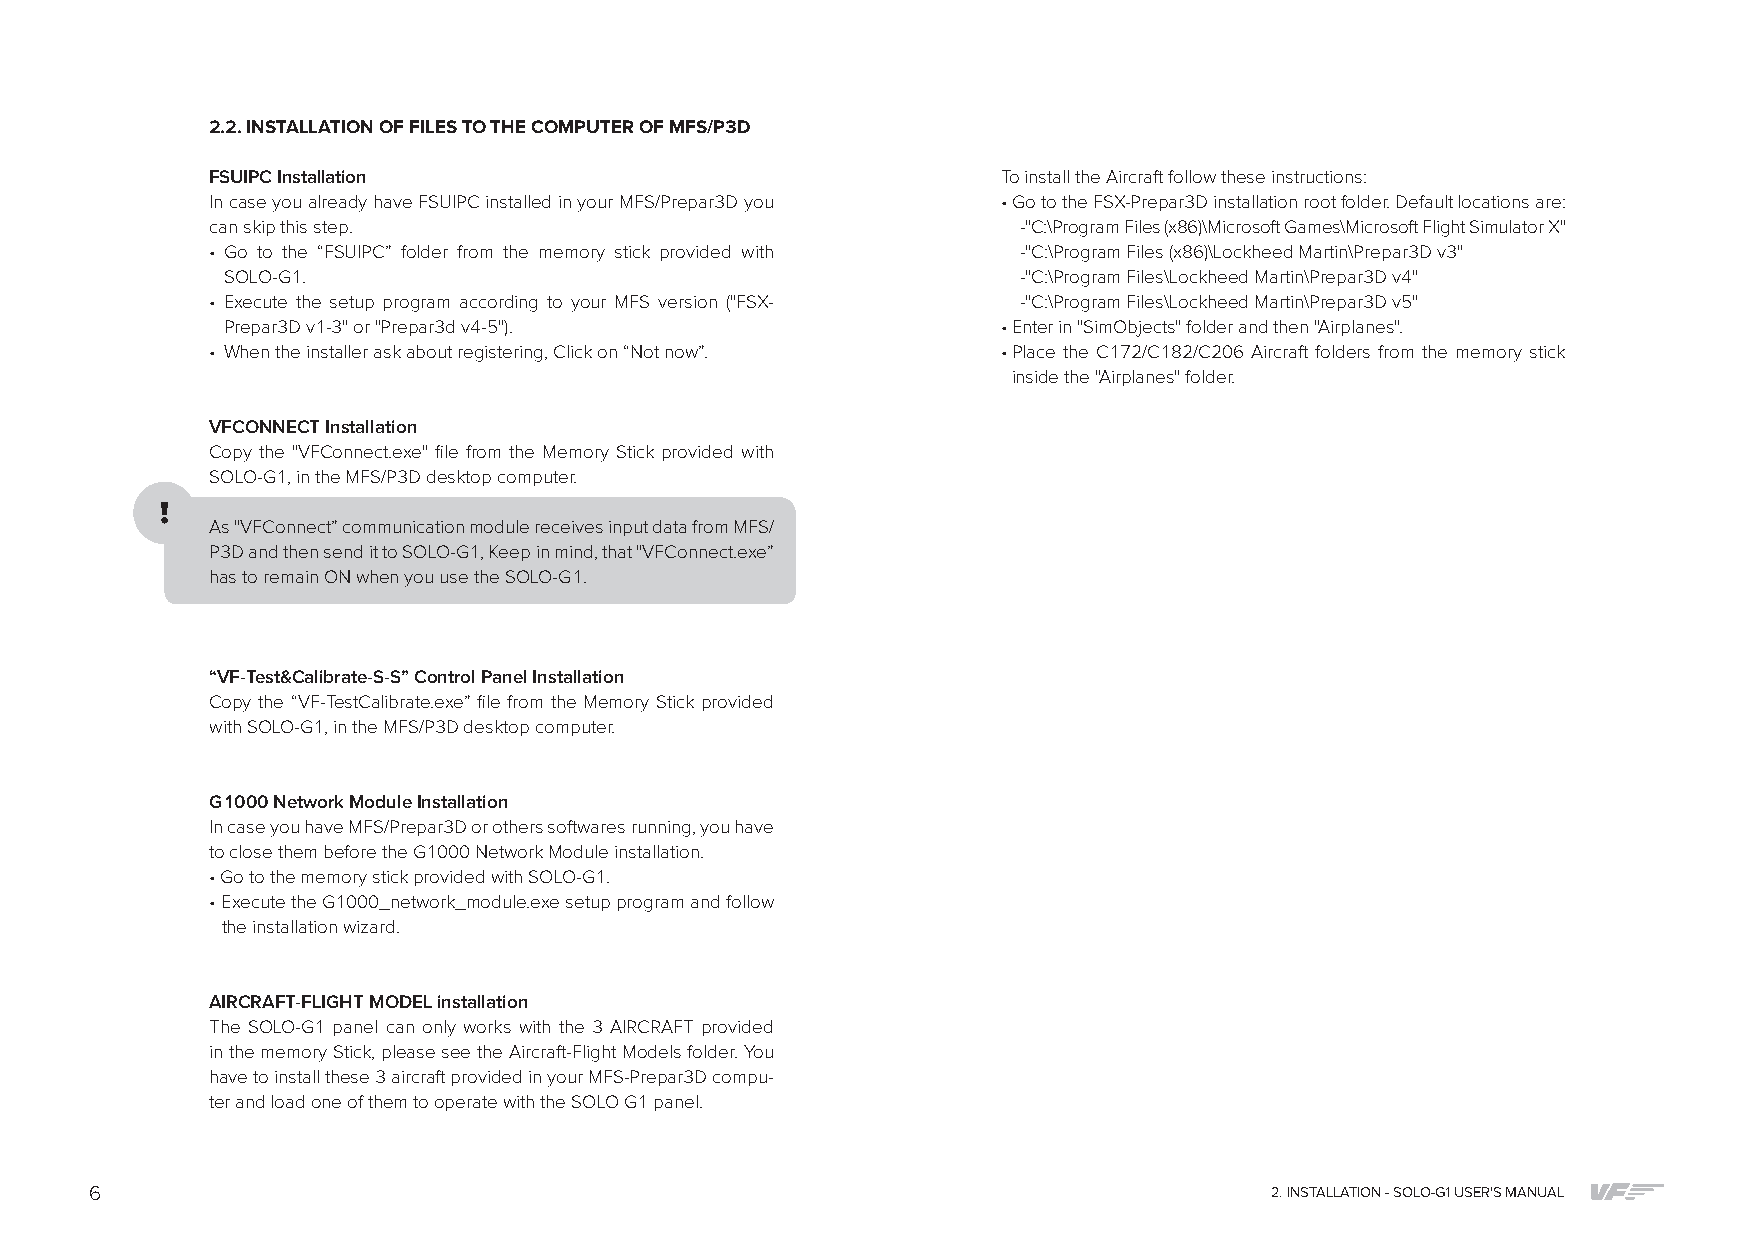
2.2. INSTALLATION OF FILES TO THE COMPUTER OF MFS/P3D
 FSUIPC Installation                                 To install the Aircraft follow these instructions:
 In case you already have FSUIPC installed in your MFS/Prepar3D you • Go to the FSX-Prepar3D installation root folder. Default locations are:
 can skip this step.                                   -"C:\Program Files (x86)\Microsoft Games\Microsoft Flight Simulator X"
 • Go to the “FSUIPC” folder from the memory stick provided with -"C:\Program Files (x86)\Lockheed Martin\Prepar3D v3"
 SOLO-G1.                                             -"C:\Program Files\Lockheed Martin\Prepar3D v4"
 • Execute the setup program according to your MFS version ("FSX- -"C:\Program Files\Lockheed Martin\Prepar3D v5"
 Prepar3D v1-3" or "Prepar3d v4-5").                • Enter in "SimObjects" folder and then "Airplanes".
 • When the installer ask about registering, Click on “Not now”. • Place the C172/C182/C206 Aircraft folders from the memory stick
 inside the "Airplanes" folder.
 VFCONNECT Installation
 Copy the "VFConnect.exe" file from the Memory Stick provided with
 SOLO-G1, in the MFS/P3D desktop computer.
 As "VFConnect” communication module receives input data from MFS/
 P3D and then send it to SOLO-G1, Keep in mind, that "VFConnect.exe”
 has to remain ON when you use the SOLO-G1.
 “VF-Test&Calibrate-S-S” Control Panel Installation
 Copy the “VF-TestCalibrate.exe” file from the Memory Stick provided
 with SOLO-G1, in the MFS/P3D desktop computer.
 G1000 Network Module Installation
 In case you have MFS/Prepar3D or others softwares running, you have
 to close them before the G1000 Network Module installation.
 • Go to the memory stick provided with SOLO-G1.
 • Execute the G1000_network_module.exe setup program and follow
 the installation wizard.
 AIRCRAFT-FLIGHT MODEL installation
 The SOLO-G1 panel can only works with the 3 AIRCRAFT provided
 in the memory Stick, please see the Aircraft-Flight Models folder. You
 have to install these 3 aircraft provided in your MFS-Prepar3D compu-
 ter and load one of them to operate with the SOLO G1 panel.
 6                                                                             2. INSTALLATION - SOLO-G1 USER'S MANUAL